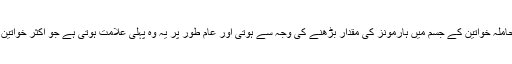
متلی کی یہ کیفیت حاملہ خواتین کے جسم میں ہارمونز کی مقدار بڑھنے کی وجہ سے ہوتی اور عام طور پر یہ وہ پہلی علامت ہوتی ہے جو اکثر خواتین محسوس کرتی ہیں۔